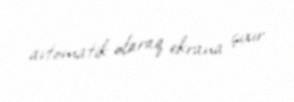
avtomatik olaraq ekrana çıxır.